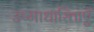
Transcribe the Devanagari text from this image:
उष्माधारिताएँ